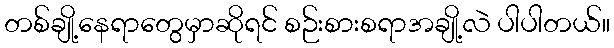
တစ်ချို့နေရာတွေမှာဆိုရင် စဉ်းစားစရာအချို့လဲ ပါပါတယ်။